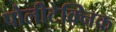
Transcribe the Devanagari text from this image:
पोलीटेक्निक